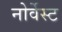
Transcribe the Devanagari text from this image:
नोर्वेस्ट